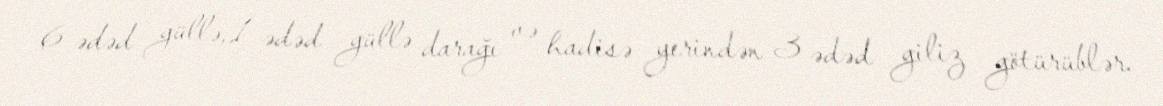
6 ədəd güllə, 1 ədəd güllə darağı və hadisə yerindən 3 ədəd giliz götürüblər.